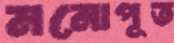
মনোপূত